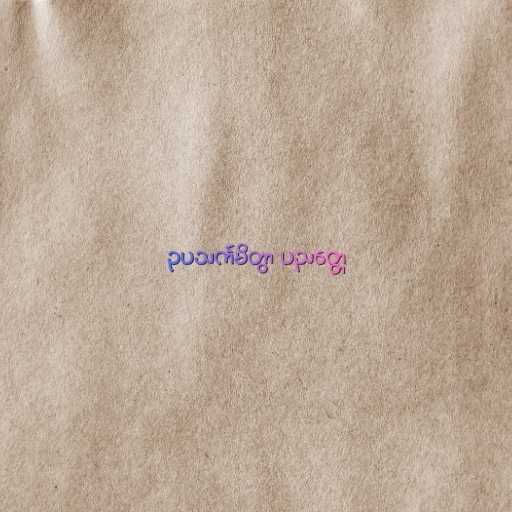
ဥပသင်္ကမိတွာ ပညတ္တေ